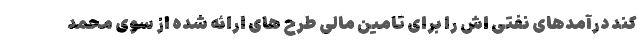
کند درآمدهای نفتی اش را برای تامین مالی طرح های ارائه شده از سوی محمد